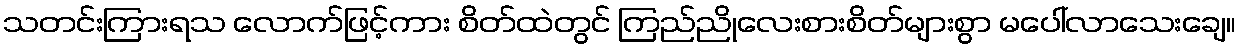
သတင်းကြားရသ လောက်ဖြင့်ကား စိတ်ထဲတွင် ကြည်ညိုလေးစားစိတ်များစွာ မပေါ်လာသေးချေ။